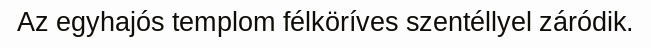
Az egyhajós templom félköríves szentéllyel záródik.